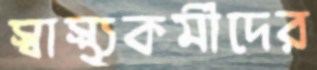
স্বাস্থ্যকর্মীদের